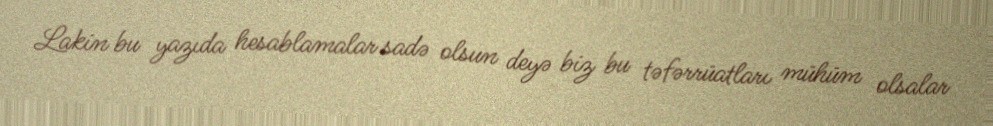
Lakin bu yazıda hesablamalar sadə olsun deyə biz bu təfərrüatları mühüm olsalar